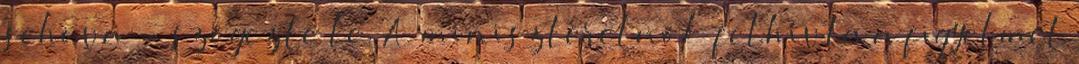
sehova - szögezte le. A miniszterelnök felhívta a figyelmet